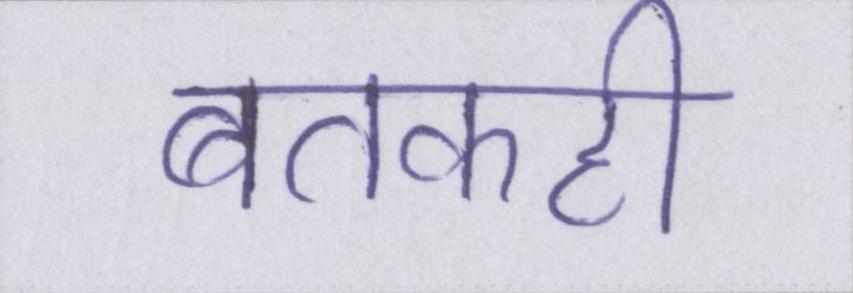
बतकही